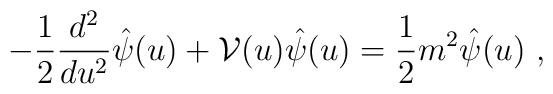
-{1\over 2} {{d^2} \over du^2} \hat{\psi} (u) + {\cal V} (u) \hat{\psi} (u) = {1\over 2} m^2 \hat{\psi} (u)~,